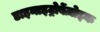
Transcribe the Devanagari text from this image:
डाइनाइट्रोबेंज़ोइक